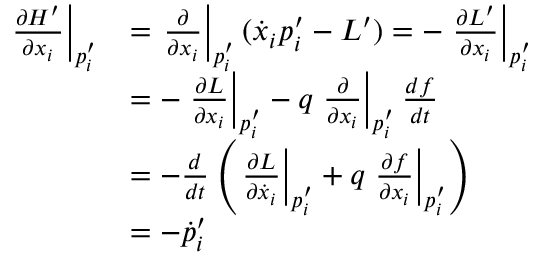
{ \begin{array} { r l } { \left. { \frac { \partial H ^ { \prime } } { \partial { x _ { i } } } } \right| _ { p _ { i } ^ { \prime } } } & { = \left. { \frac { \partial } { \partial { x _ { i } } } } \right| _ { p _ { i } ^ { \prime } } ( { \dot { x } } _ { i } p _ { i } ^ { \prime } - L ^ { \prime } ) = - \left. { \frac { \partial L ^ { \prime } } { \partial { x _ { i } } } } \right| _ { p _ { i } ^ { \prime } } } \\ & { = - \left. { \frac { \partial L } { \partial { x _ { i } } } } \right| _ { p _ { i } ^ { \prime } } - q \left. { \frac { \partial } { \partial { x _ { i } } } } \right| _ { p _ { i } ^ { \prime } } { \frac { d f } { d t } } } \\ & { = - { \frac { d } { d t } } \left( \left. { \frac { \partial L } { \partial { { \dot { x } } _ { i } } } } \right| _ { p _ { i } ^ { \prime } } + q \left. { \frac { \partial f } { \partial { x _ { i } } } } \right| _ { p _ { i } ^ { \prime } } \right) } \\ & { = - { \dot { p } } _ { i } ^ { \prime } } \end{array} }